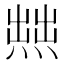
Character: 𱫼